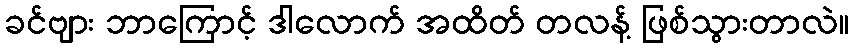
ခင်ဗျား ဘာကြောင့် ဒါလောက် အထိတ် တလန့် ဖြစ်သွားတာလဲ။